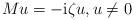
LaTeX: \begin{align*}Mu=-\mathrm{i}\zeta u,u\not =0 \end{align*}